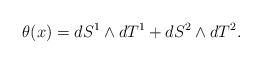
LaTeX: \begin{align*}\theta(x)=dS^1\wedge dT^1+dS^2\wedge dT^2 .\end{align*}